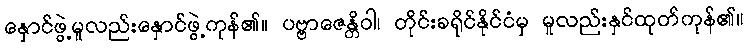
နှောင်ဖွဲ့မူလည်းနှောင်ဖွဲ့ကုန်၏။ ပဗ္ဗာဇေန္တိဝါ၊ တိုင်းခရိုင်နိုင်ငံမှ မူလည်းနှင်ထုတ်ကုန်၏။